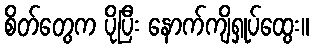
စိတ်တွေက ပိုပြီး နောက်ကျိရှုပ်ထွေး။